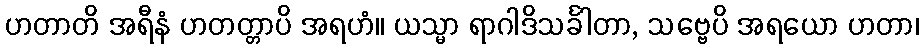
ဟတာတိ အရီနံ ဟတတ္တာပိ အရဟံ။ ယသ္မာ ရာဂါဒိသင်္ခါတာ, သဗ္ဗေပိ အရယော ဟတာ၊